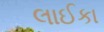
લાઈકા